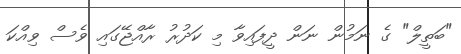
"ބަތީލް" ގެ ނަމުން ނަން ދީފައިވާ މި ކަދުރު ރާއްޖޭގައި ވެސް ވިއްކަ